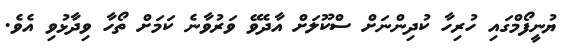
ޔުނީފޯމްގައި ހުރިހާ ކުދިންނަށް ސްކޫލަށް އާދެވޭ ވަރުވާނެ ކަމަށް ތޯހާ ވިދާޅުވި އެވެ.